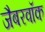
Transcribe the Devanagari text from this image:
जैबरवॉक